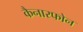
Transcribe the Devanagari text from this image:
कैनारफोन